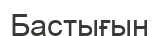
Бастығын